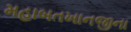
મહાબતખાનજીના